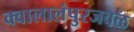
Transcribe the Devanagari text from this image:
क्वालालंपुरजवळ